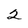
Character: 2